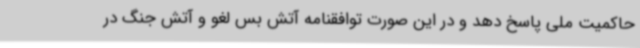
حاکمیت ملی پاسخ دهد و در این صورت توافقنامه آتش بس لغو و آتش جنگ در